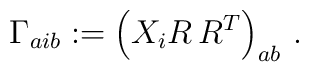
\Gamma_{aib} := \left(X_i R\, R^T \right)_{ab}\,.